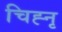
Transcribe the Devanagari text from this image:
चिह्नृ